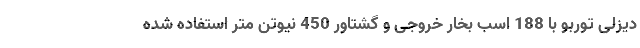
دیزلی توربو با 188 اسب بخار خروجی و گشتاور 450 نیوتن متر استفاده شده